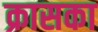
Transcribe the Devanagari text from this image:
क्रासका